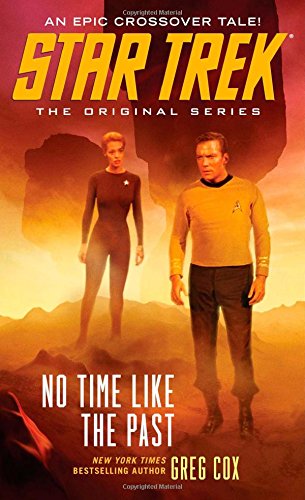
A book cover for Star Trek: The Original Series: No Time Like the Past; Greg Cox; Science Fiction & Fantasy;